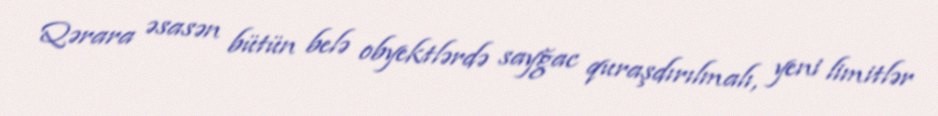
Qərara əsasən bütün belə obyektlərdə sayğac quraşdırılmalı, yeni limitlər